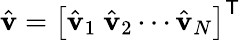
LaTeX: \hat{\mathbf{v}}=\left[\hat{\mathbf{v}}_{1}~\hat{\mathbf{v}}_{2}\cdots\hat{\mathbf{v}}_{N}\right]^{\mathsf{T}}